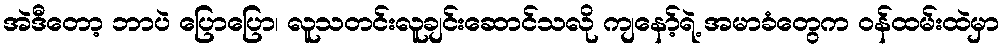
အဲဒီတော့ ဘာပဲ ပြောပြော၊ လူသတင်းလူချင်းဆောင်သလို ကျနော့်ရဲ့ အမာခံတွေက ဝန်ထမ်းထဲမှာ